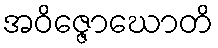
အဝိဇ္ဇောဃောတိ